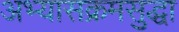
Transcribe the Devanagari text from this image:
अभ्यासक्रमसुद्धा